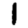
Digit: 1